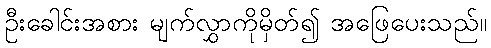
ဦးခေါင်းအစား မျက်လွှာကိုမှိတ်၍ အဖြေပေးသည်။